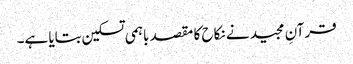
قرآنِ مجید نے نکاح کا مقصد باہمی تسکین بتایا ہے۔